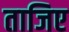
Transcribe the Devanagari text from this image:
ताजिए